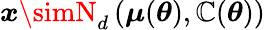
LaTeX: {\boldsymbol{x}}\simN_{d}\left({\boldsymbol{\mu}}({\boldsymbol{\theta}}),{\boldsymbol{\mathbb{C}}}({\boldsymbol{\theta}})\right)